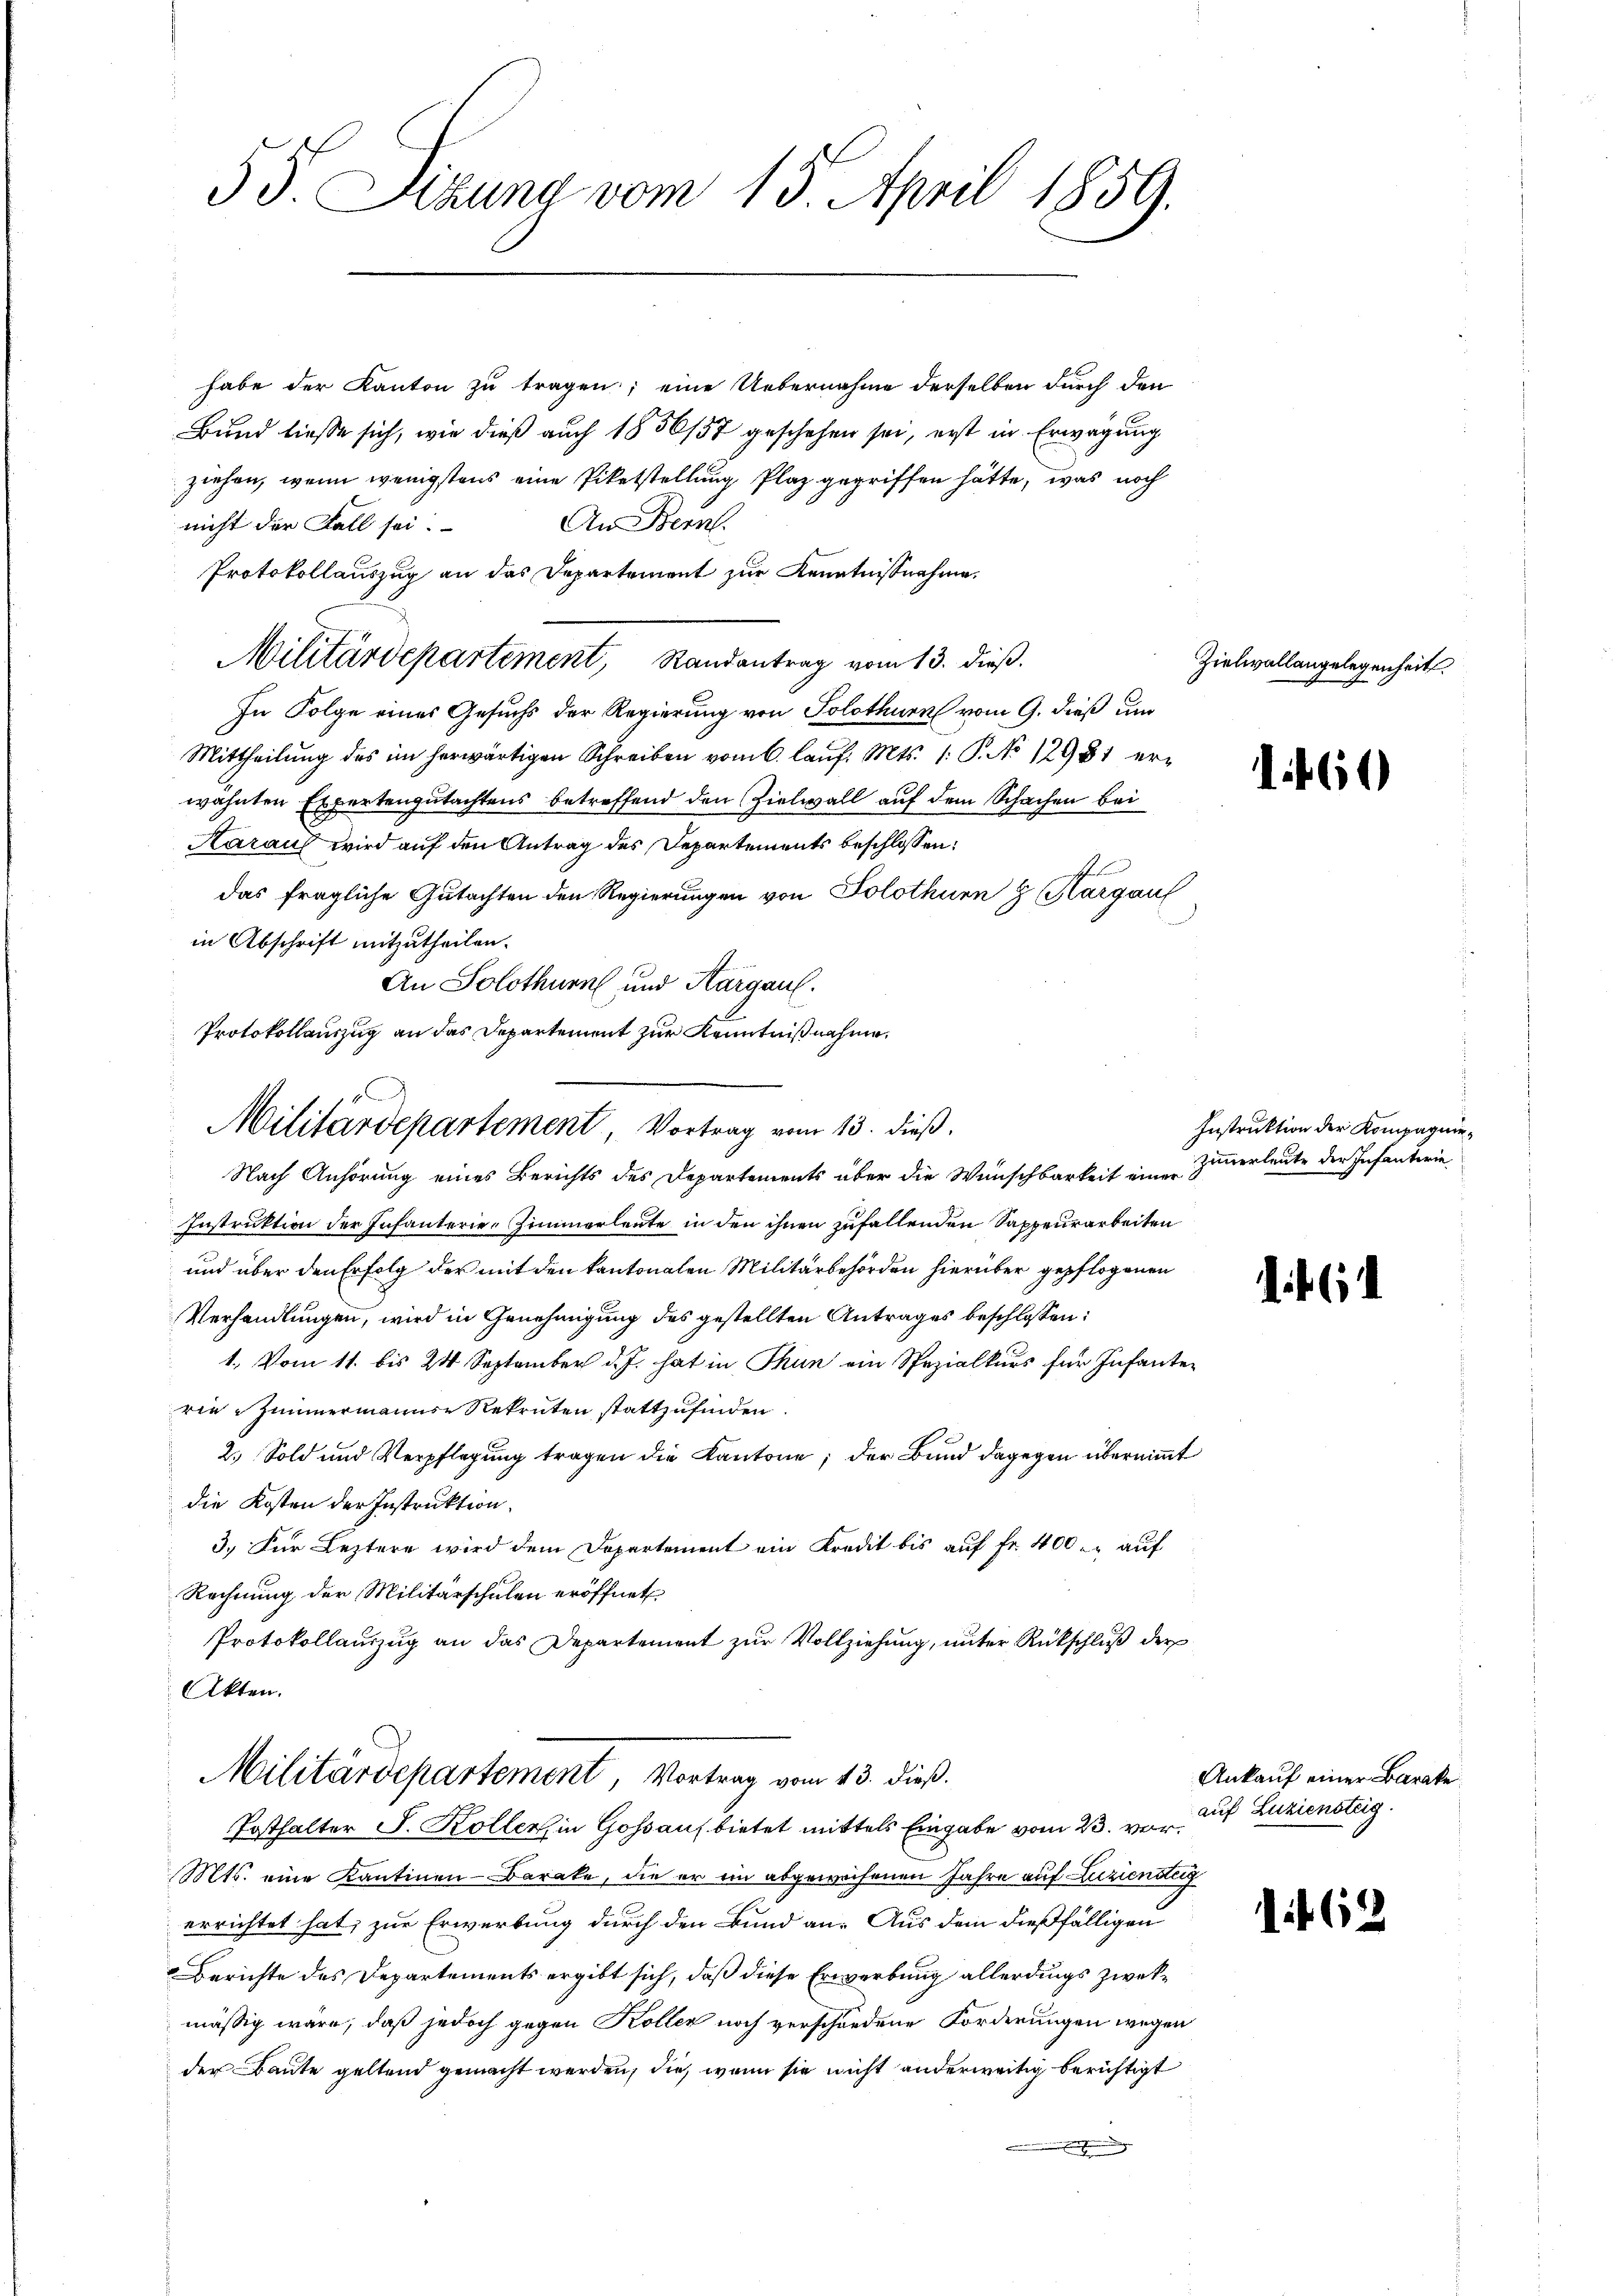
5 J. Sitzung vom 15. April 1859.

habe der Kanton zu tragen; eine Uebernahme derselben durch den
Bund liesse sich, wie dieß auch 1856/57 geschehen sei, erst in Erwägung
ziehen, wenn wenigstens eine Piketstellung Plaz gegriffen hätte, was noch
An Bern.
nicht der Fall sei.
Protokollauszug an das Departement zur Kenntnißnahme.
Militärdepartement, Randantrag vom 13. dieß.
In Folge eines Gesuchs der Regierung von Solothurn vom 9. dieß um
Mittheilung des im herwärtigen Schreiben vom 6. lauf. Mts. 1. P. No 12981 erwähnten Expertengutachtens betreffend den Zielwall auf dem Schachen bei
Karauf wird auf den Antrag des Departements beschlossen:
das fragliche Gutachten den Regierungen von Solothurn 8 Margau
in Abschrift mitzutheilen.
An Solothurn und Aargau.
Protokollauszug an das Departement zur Kenntnißnahme.
Militärdepartement, Vortrag vom 13. dieß.
Nach Anhörung eines Berichts des Departements über die Wunschbarkeit eine Zimmerleute der Infanterie
Instruktion der Infanterie-Zimmerleute in den ihnen zufallenden Sappeurarbeiten
und über den Erfolg der mit den kantonalen Militärbehörden hierüber gepflogenen
Verhandlungen, wird in Genehmigung des gestellten Antrages beschlossen:
1. Vom 11. bis 24 September d. J. hat in Thun ein Spezialkurs für Infante-
rie Zimmermanns Rekruten stattzufinden.
2.) Sold und Verpflegung tragen die Kantone; der Bund dagegen übernimmt
die Kosten der Instruktion.
3.) Für Leztere wird dem Departement ein Kredit bis auf fr. 400. auf
Rechnung der Militärschulen eröffnet
Protokollauszug an das Departement zur Vollziehung, unter Rückschluß der
Akten.

Militärdepartement, Vortrag vom 13. dieß.

Posthalter J. Koller in Goßaufbietet mittels Eingabe vom 23. vor.
Mts. eine Kantinen Barake, die er im abgeweisenen Jahre auf Zuziensteig
errichtet hat, zur Erwerbung durch den Bund an. Aus dem dießfälligen
Berichte des Departements ergibt sich, daß diese Erwerbung allerdings zwekmässig wäre, daß jedoch gegen Koller noch verschiedene Forderungen wegen
der Baute geltend gemacht werden, die, wenn sie nicht anderweitig berichtigt

Zielwallangelegenheit.

1469)

Instruktion der Kompagnie-

6

Ankauf einer Barake
auf Luziensteig.

if. 62